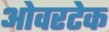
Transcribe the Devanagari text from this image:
ओवरटेक